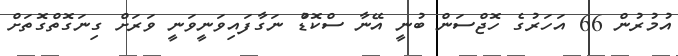
އުމުރުން 66 އަހަރުގެ ހޮޖްސަން ބުނީ އޭނާ ސްކޮޑްު ނަގާފައިވަނީވަނީ ވަރަށް ގިނަގޮތްގޮތަށް